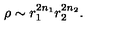
\rho \sim r _ { 1 } ^ { 2 n _ { 1 } } r _ { 2 } ^ { 2 n _ { 2 } } .